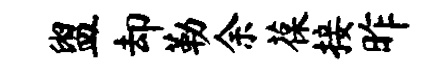
盥却勒余葆接昨